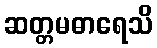
ဆတ္တမဓာရေသိ